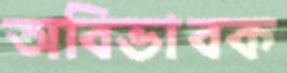
অবিভাবক